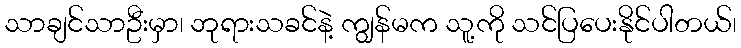
သာချင်သာဦးမှာ၊ ဘုရားသခင်နဲ့ ကျွန်မက သူ့ကို သင်ပြပေးနိုင်ပါတယ်၊